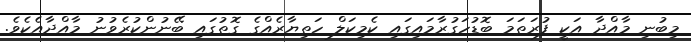
މިބުނި މާއްދާ އަކީ ފުރަތަމަ ބޮޑުހަގުރާމައިގައި ކެމިކަލް ހަތިޔާރެއްގެ ގޮތުގައި ބޭނުންކުރެވުނު މާއްދާއެކެވެ.